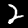
Digit: 2